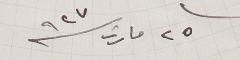
٢٥ مارت سنة ٩٢٧